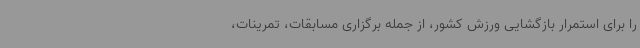
را برای استمرار بازگشایی ورزش کشور، از جمله برگزاری مسابقات، تمرینات،